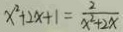
x ^ { 2 } + 2 x + 1 = \frac { 2 } { x ^ { 2 } + 2 x }